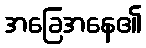
အခြေအနေ၏